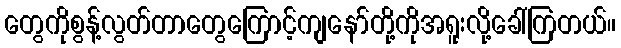
တွေကိုစွန့်လွတ်တာတွေကြောင့်ကျနော်တို့ကိုအရူးလို့ခေါ်ကြတယ်။